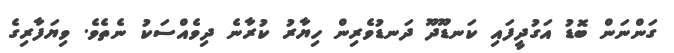
ގަންނަން ބޮޑު އަގުދީފައި ކަނޑޫދޫ ދަނޑުވެރިން ހިޔާރު ކުރާނެ ދިވެއްސަކު ނެތެވެ. ވިޔަފާރިގެ